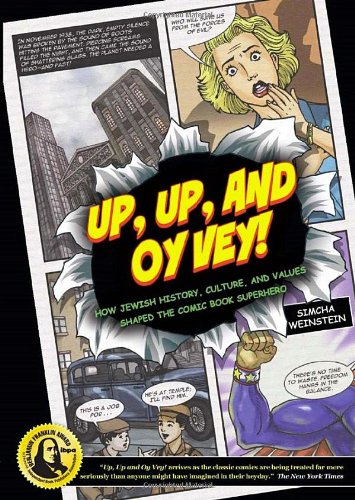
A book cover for Up, Up, and Oy Vey: How Jewish History, Culture, and Values Shaped The Comic Book Superhero; Simcha Weinstein; Comics & Graphic Novels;